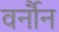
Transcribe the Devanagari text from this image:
वर्नौन